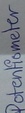
Text: Potentiometer